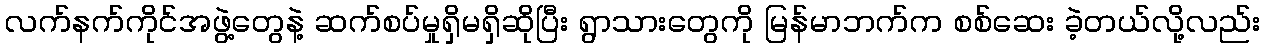
လက်နက်ကိုင်အဖွဲ့တွေနဲ့ ဆက်စပ်မှုရှိမရှိဆိုပြီး ရွာသားတွေကို မြန်မာဘက်က စစ်ဆေး ခဲ့တယ်လို့လည်း